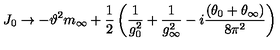
J _ { 0 } \to - \vartheta ^ { 2 } m _ { \infty } + \frac { 1 } { 2 } \left( \frac { 1 } { g _ { 0 } ^ { 2 } } + \frac { 1 } { g _ { \infty } ^ { 2 } } - i \frac { ( \theta _ { 0 } + \theta _ { \infty } ) } { 8 \pi ^ { 2 } } \right)